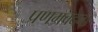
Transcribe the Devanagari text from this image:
प्रणम्रवदना